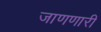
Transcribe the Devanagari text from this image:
जाणणारी